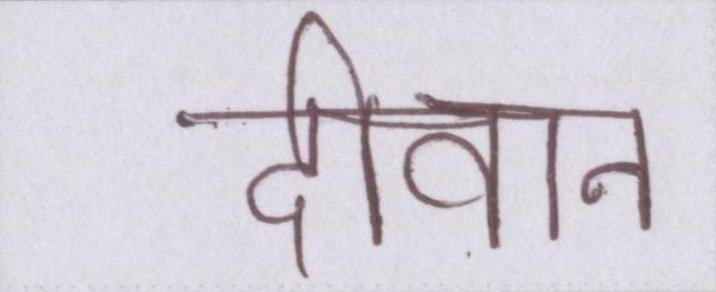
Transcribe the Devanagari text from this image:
दीवान